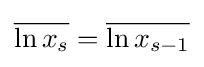
{\overline {\ln x_{s}}}={\overline {\ln x_{s-1}}}